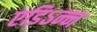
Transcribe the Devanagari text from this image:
एडिऽन्न